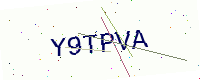
Text: Y9TPVA